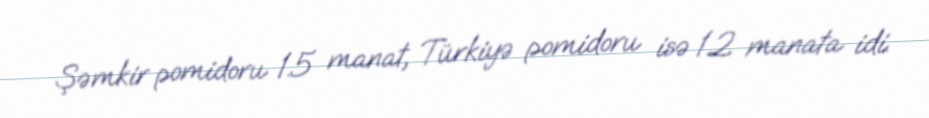
Şəmkir pomidoru 1.5 manat, Türkiyə pomidoru isə 1.2 manata idi.